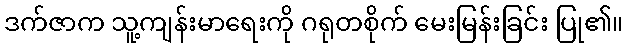
ဒက်ဇာက သူ့ကျန်းမာရေးကို ဂရုတစိုက် မေးမြန်းခြင်း ပြု၏။